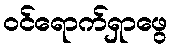
ဝင်ရောက်ရှာဖွေ